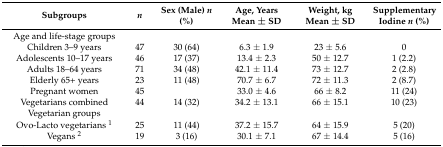
| Subgroups | n | Sex (Male) n (%) | Age, Years Mean ± SD | Weight, kg Mean ± SD | Supplementary Iodine n (%) |
 | --- | --- | --- | --- | --- | --- |
 | Age and life-stage groups |  |  |  |  |  |
 | Children 3–9 years | 47 | 30 (64) | 6.3 ± 1.9 | 23 ± 5.6 | 0 |
 | Adolescents 10–17 years | 46 | 17 (37) | 13.4 ± 2.3 | 50 ± 12.7 | 1 (2.2) |
 | Adults 18–64 years | 71 | 34 (48) | 42.1 ± 11.4 | 73 ± 12.7 | 2 (2.8) |
 | Elderly 65+ years | 23 | 11 (48) | 70.7 ± 6.7 | 72 ± 11.3 | 2 (8.7) |
 | Pregnant women | 45 |  | 33.0 ± 4.6 | 66 ± 8.2 | 11 (24) |
 | Vegetarians combined | 44 | 14 (32) | 34.2 ± 13.1 | 66 ± 15.1 | 10 (23) |
 | Vegetarian groups |  |  |  |  |  |
 | Ovo-Lacto vegetarians 1 | 25 | 11 (44) | 37.2 ± 15.7 | 64 ± 15.9 | 5 (20) |
 | Vegans 2 | 19 | 3 (16) | 30.1 ± 7.1 | 67 ± 14.4 | 5 (16) |